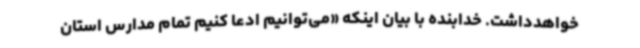
خواهدداشت. خدابنده با بیان اینکه «می‌توانیم ادعا کنیم تمام مدارس استان